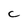
Character: c